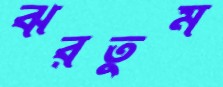
ঝরতুম